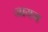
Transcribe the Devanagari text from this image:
जायग